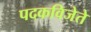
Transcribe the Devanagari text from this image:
पदकविजेते